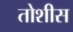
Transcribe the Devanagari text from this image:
तोशीस